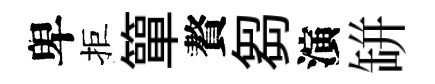
卑拒簞贅芻演缾